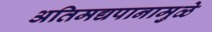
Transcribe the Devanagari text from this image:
अतिमद्यपानामुळे